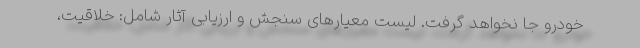
خودرو جا نخواهد گرفت. لیست معیارهای سنجش و ارزیابی آثار شامل: خلاقیت،